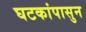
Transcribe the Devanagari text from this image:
घटकांपासुन